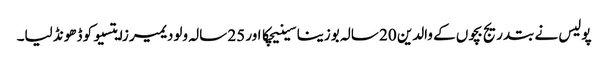
پولیس نے بتدریج بچوں کے والدین 20 سالہ بوزینا سینیچکا اور 25 سالہ ولودیمیر زایتسیو کو ڈھونڈ لیا۔